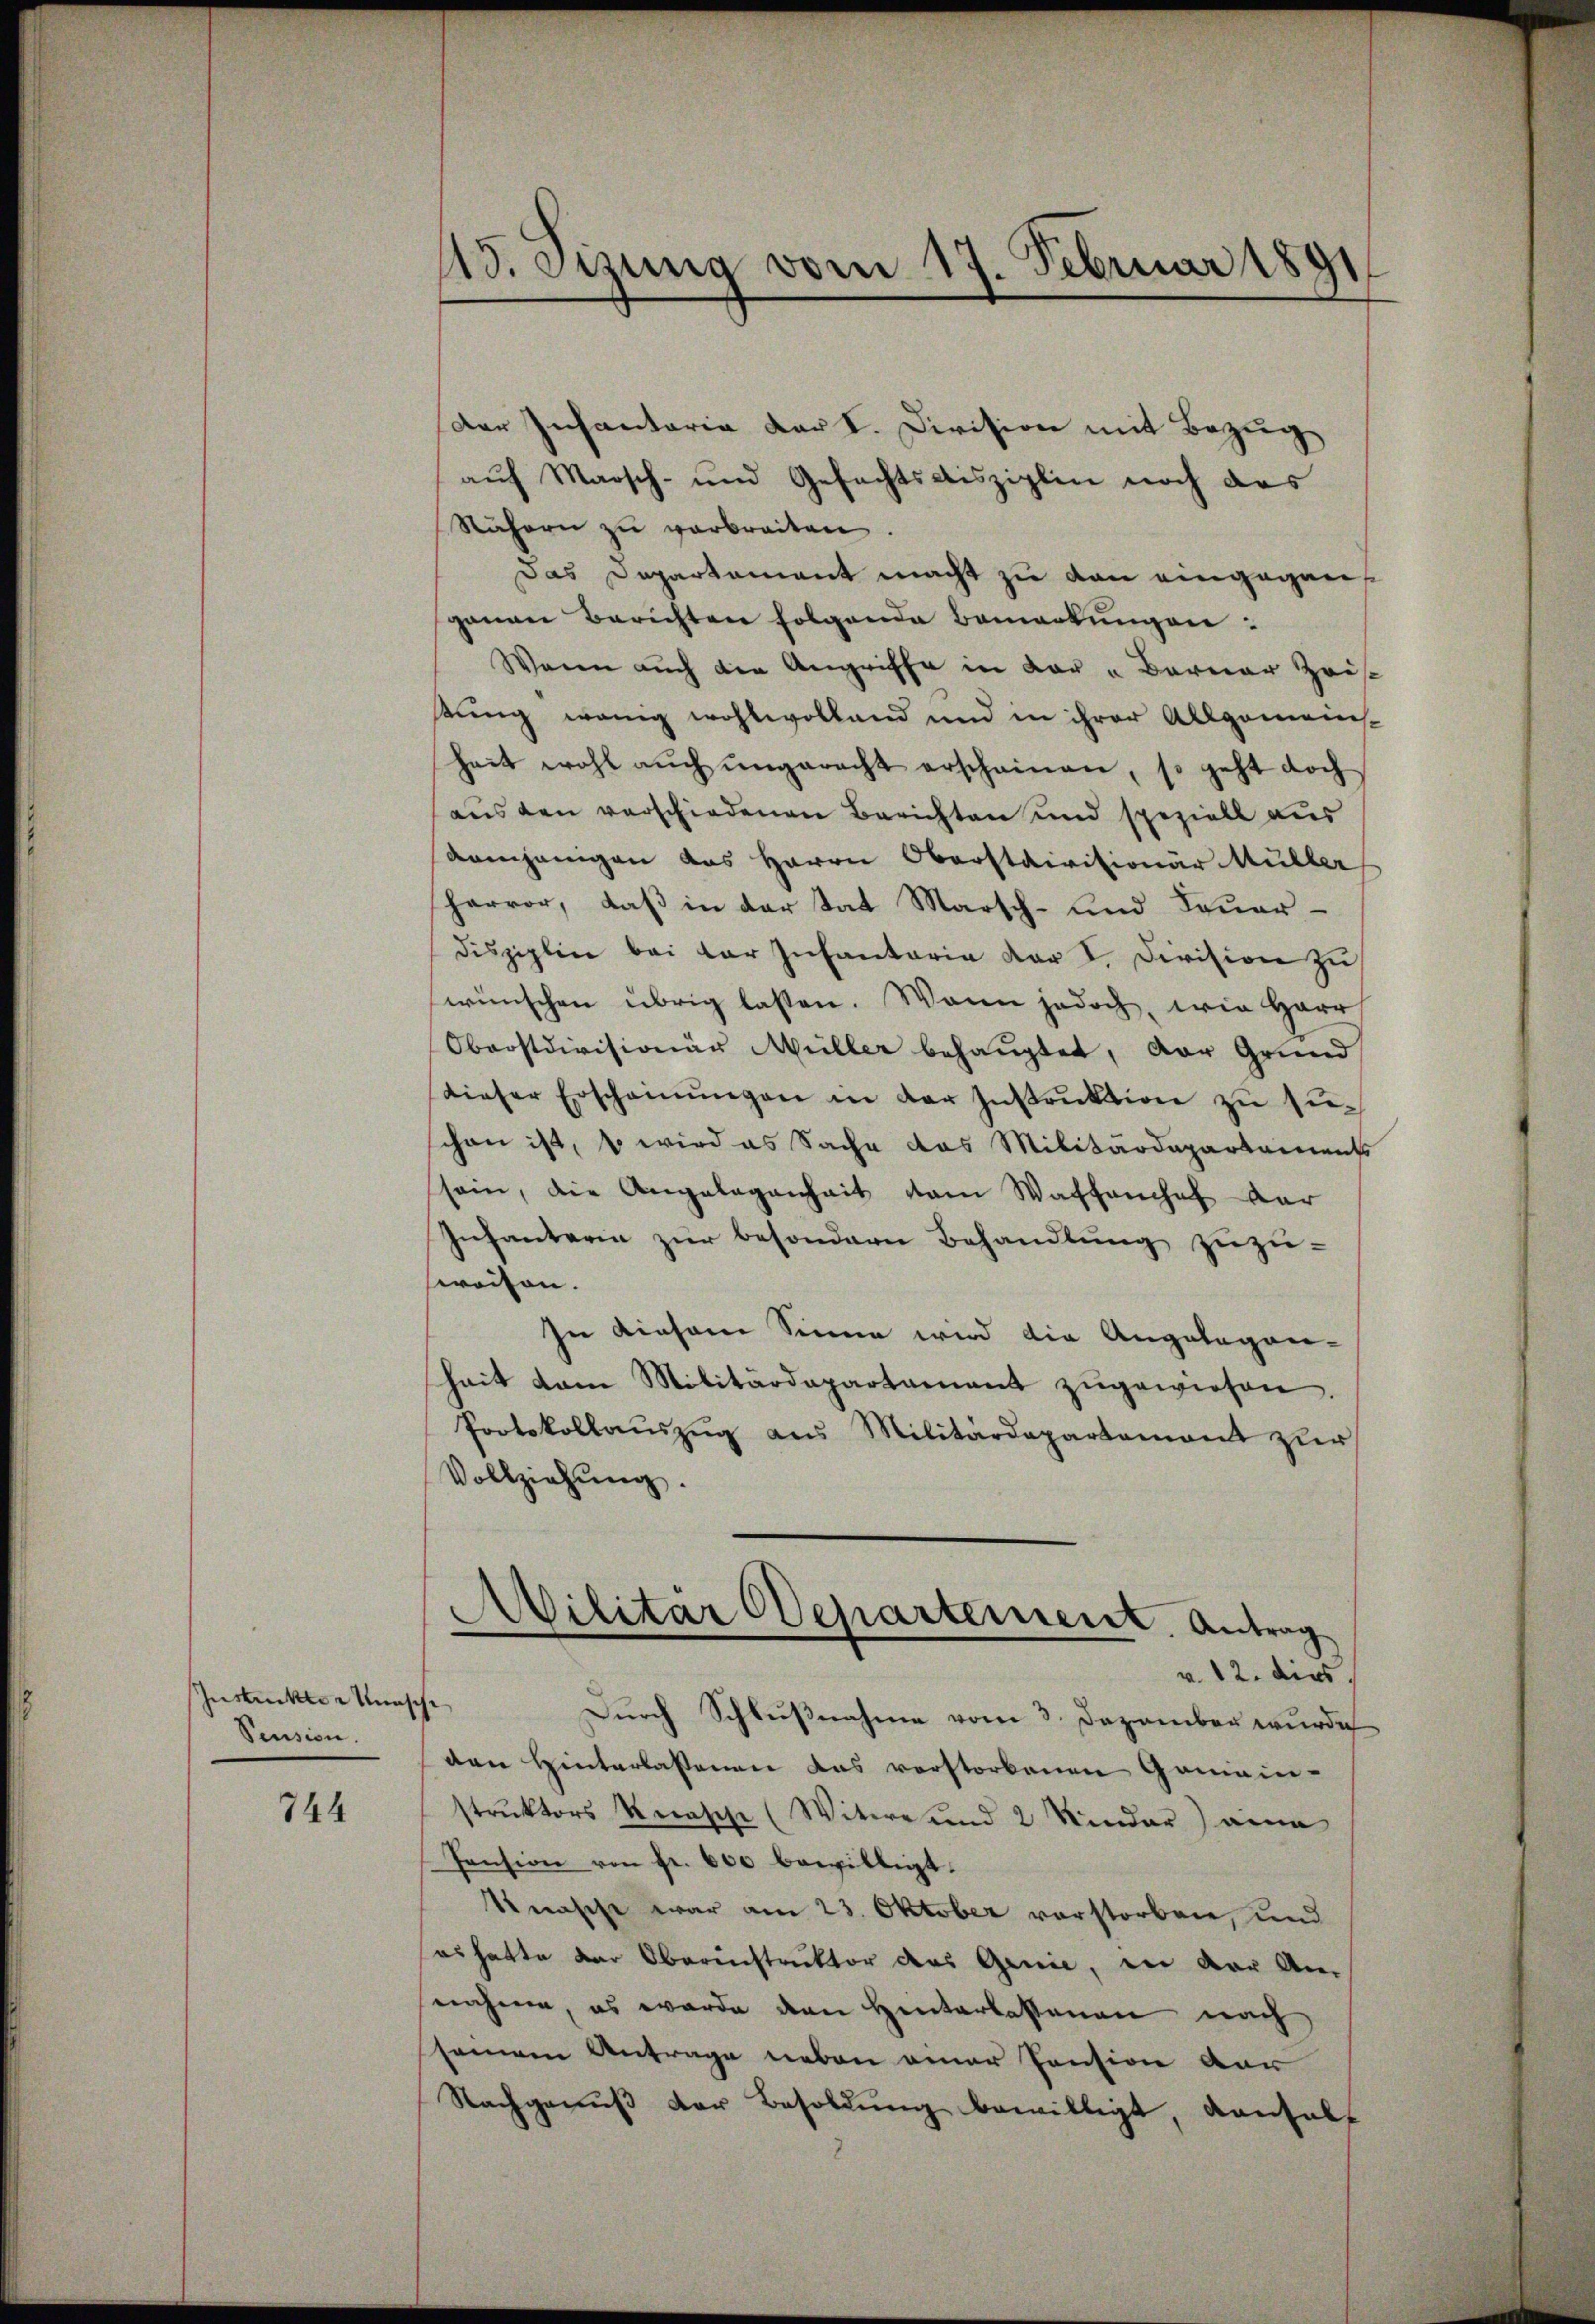
Instruktor Wünsche
Pension.

744

15. eizung vom 17. Februar 1891

der Infantaria der I. Division mit Bezug
aŭf Marsch- und Gefechtsdisziplin noch das
Räfern zŭ verbreiten.
Das Departement macht zu von eingeganganan Berichten folgende Bemerkungen:
Wenn auch die Angriffe in dar u Barner Zeis
tung wenig wohlwollend und in ihrer Allgemein-
heit wohl aŭch ŭngerecht erscheinen, so geht doch
aus den verschiedenen Berichten und speziell aus
Kamgangen das Herrn Oberstaivisionär Müller
hervor, daß in der tat Marsch- und Feuerdisziplin bei der Infantaria der I. Division zu
wünschen übrig lassen. Wenn jedoch, wie Herr
Oberstdivisionär Müller behauptet, der Grund
dieser Erscheinŭngen in der Instruktion zu suschon ist, s wird as Sache das Militärdepartaments
sein, die Angelegenheit dem Waffenhof der
Infanterin zur besondern Behandlung zuzuweiten.
In diesem Sinne wird die Angelegen-
hait dem Militärdepartamant zŭgewiesen.
Protokollaŭszŭg aus Militärdepartement zur
Vollziehung.
.
Wilitar Departement. Antrag
v. 12. dies
Durch Schlußnahme vom 3. Dezember wurde
den Hinterlassenen das verstorbenen Gemein-
struktors Krasche (Witwe und 2 Kinder) eine
Pension von Fr. 600 bewilligt.
Serasche war am 23. Oktober vorstorben, und
es hatte der Oberinstruktor des Genie, in der An-
nahme, es werde den Hinterlassenen nach
seinen Antrage neben einer Pension vor
Nachgenuß der Besoldung bewilligt, danhalt